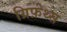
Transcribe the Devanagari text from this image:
ग्रिफ़ेथ्स